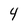
Character: 4